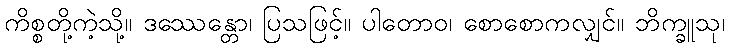
ကိစ္စတို့ကဲ့သို့။ ဒဿေန္တော၊ ပြသဖြင့်။ ပါတောဝ၊ စောစောကလျှင်။ ဘိက္ခူသု၊